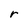
Character: r